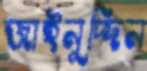
জাইনুদ্দিন